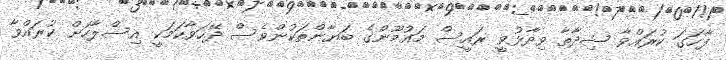
ފާހަގަ ކުރައްވާ ޝިދާތާ ވިދާޅުވީ ރައީސް މައުމޫންގެ ބަޔާންތަކުންވެސް ދޭހަވާކަމަކީ އިސްލާހަށް ކުރައްވާ